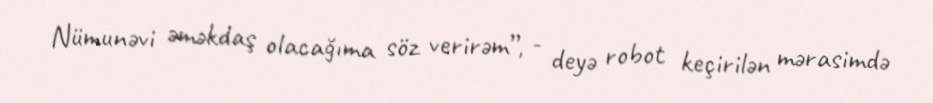
Nümunəvi əməkdaş olacağıma söz verirəm”, - deyə robot keçirilən mərasimdə